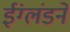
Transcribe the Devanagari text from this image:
ईंग्लंडने